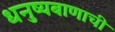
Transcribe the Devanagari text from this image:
धनुष्यबाणाची